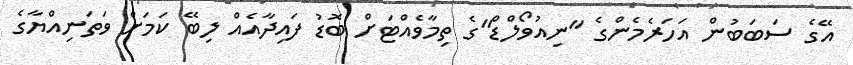
އޭގެ ސަބަބުން އަހަރެމެންގެ "ނިއުވޯލްޑް"ގެ ތިމާވެއްޓަށް ބޮޑު ފައިދާއެއް ލިބޭ ކަމަށް ވަތަނިއްޔާގެ